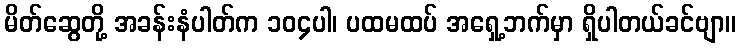
မိတ်ဆွေတို့ အခန်းနံပါတ်က ၁၀၄ပါ၊ ပထမထပ် အရှေ့ဘက်မှာ ရှိပါတယ်ခင်ဗျာ။